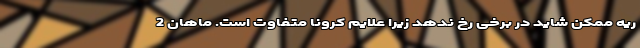
ریه ممکن شاید در برخی رخ ندهد زیرا علایم کرونا متفاوت است. ماهان 2